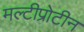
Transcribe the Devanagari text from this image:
मल्टीप्रोटीन